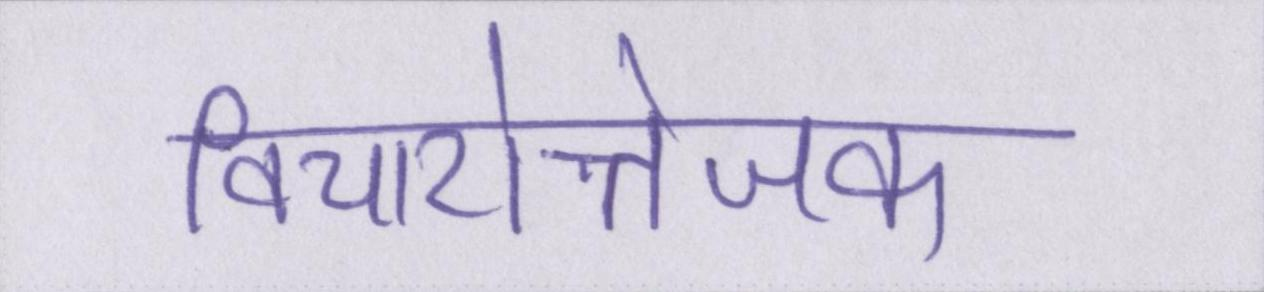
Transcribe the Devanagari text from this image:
विचारोत्तेजक